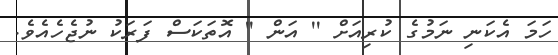
ހަމަ އެކަނި ނަމުގެ ކުރިއަށް '' އަން '' އޮތަކަސް ފަރަކު ނުޖެހެއެވެ.